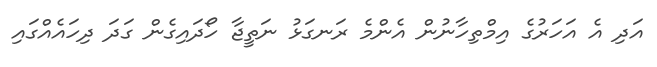
އަދި އެ އަހަރުގެ އިމްތިހާނުން އެންމެ ރަނގަޅު ނަތީޖާ ހޯދައިގެން ގަދަ ދިހައެއްގައި